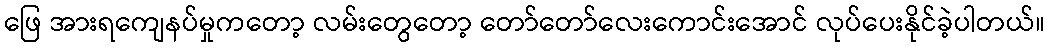
ဖြေ အားရကျေနပ်မှုကတော့ လမ်းတွေတော့ တော်တော်လေးကောင်းအောင် လုပ်ပေးနိုင်ခဲ့ပါတယ်။